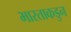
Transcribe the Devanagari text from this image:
भारताकडुन